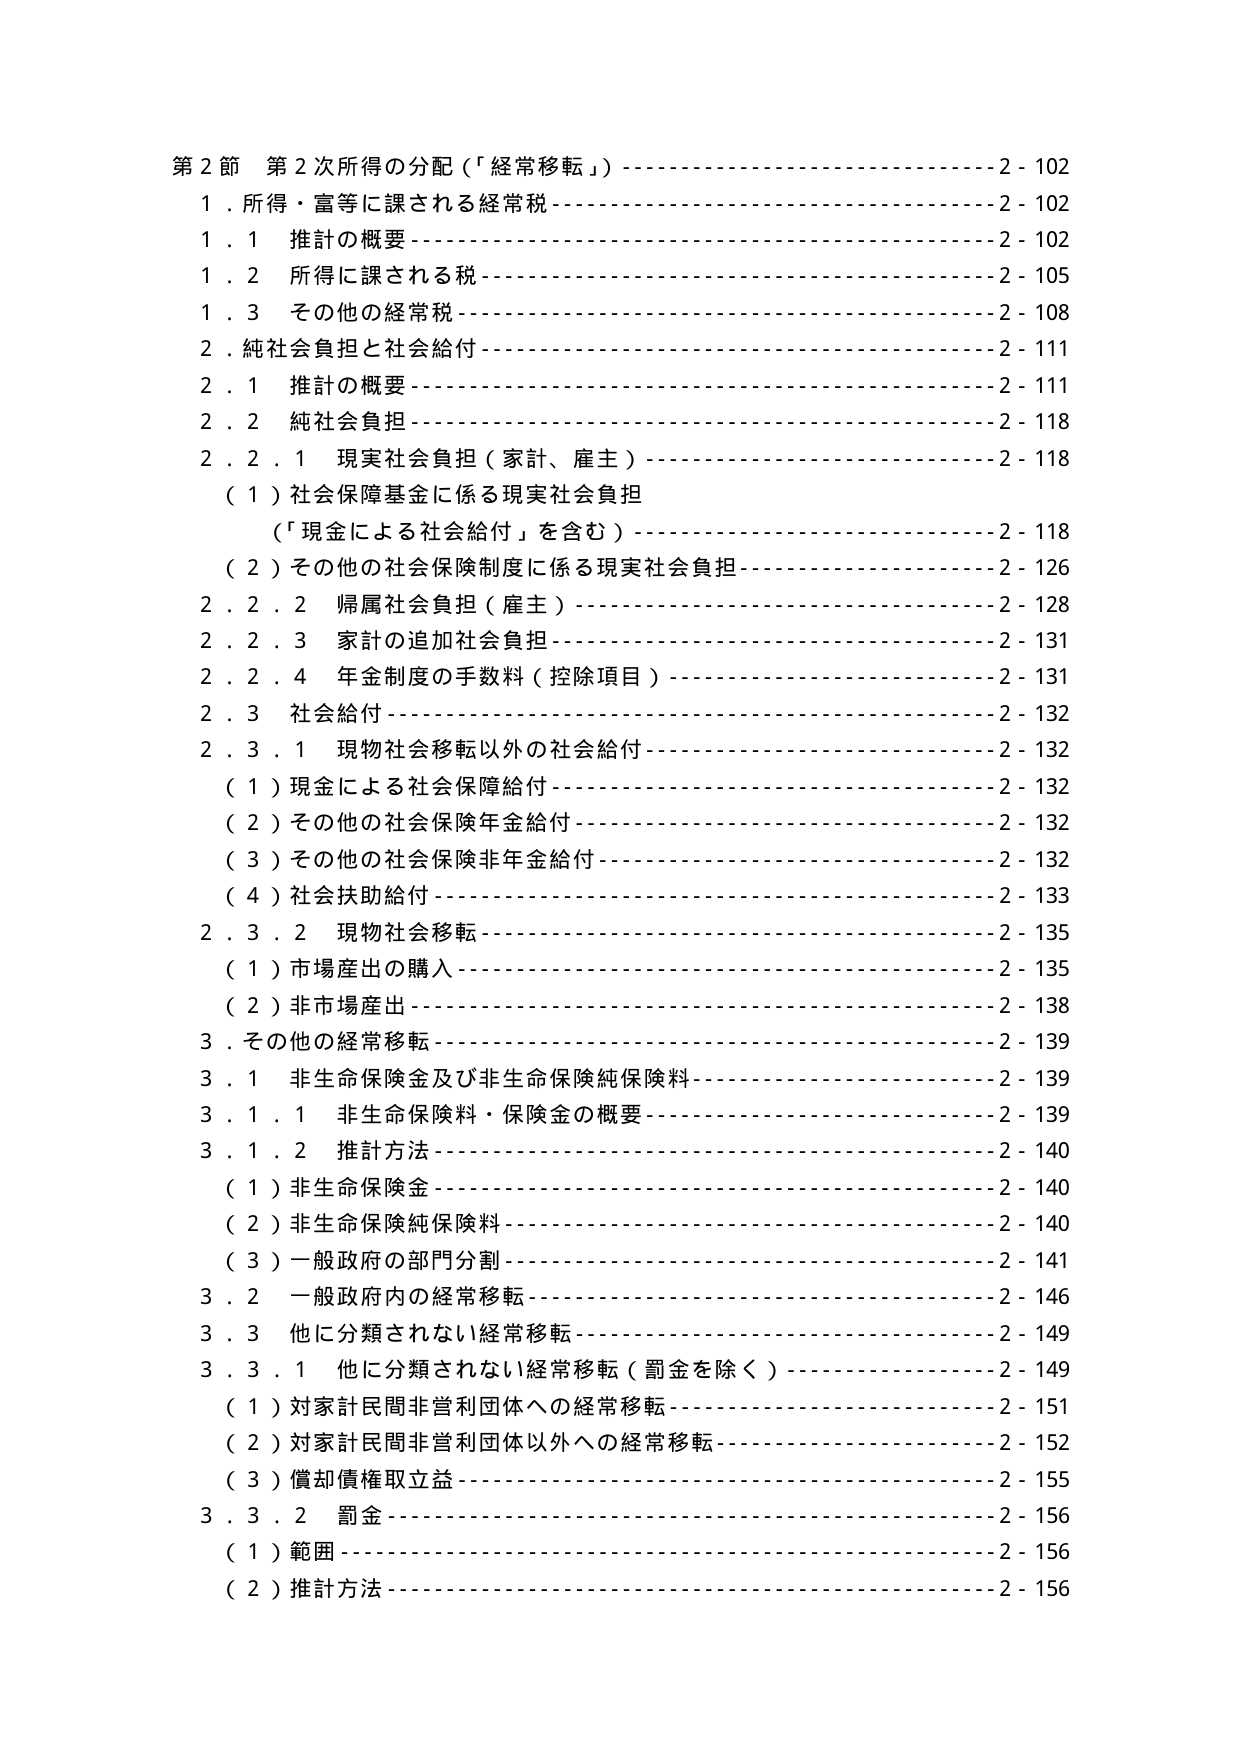
第２節 第２次所得の分配（「経常移転」）-----------------------------2-102
１．所得・富等に課される経常税------------------------------------2-102
　１．１ 推計の概要-----------------------------------------------2-102
　１．２ 所得に課される税------------------------------------------2-105
　１．３ その他の経常税--------------------------------------------2-108
２．純社会負担と社会給付------------------------------------------2-111
　２．１ 推計の概要-----------------------------------------------2-111
　２．２ 純社会負担-----------------------------------------------2-118
　　２．２．１ 現実社会負担（家計、雇主）--------------------------2-118
　　　（１）社会保障基金に係る現実社会負担
　　　　（「現金による社会給付」を含む）--------------------------2-118
　　　（２）その他の社会保険制度に係る現実社会負担----------------2-126
　　２．２．２ 帰属社会負担（雇主）------------------------------2-128
　　２．２．３ 家計の追加社会負担----------------------------------2-131
　　２．２．４ 年金制度の手数料（控除項目）------------------------2-131
　２．３ 社会給付-----------------------------------------------2-132
　　２．３．１ 現物社会移転以外の社会給付--------------------------2-132
　　　（１）現金による社会保障給付------------------------------2-132
　　　（２）その他の社会保険年金給付----------------------------2-132
　　　（３）その他の社会保険非年金給付--------------------------2-132
　　　（４）社会扶助給付----------------------------------------2-133
　　２．３．２ 現物社会移転--------------------------------------2-135
　　　（１）市場産出の購入--------------------------------------2-135
　　　（２）非市場産出------------------------------------------2-138
３．その他の経常移転--------------------------------------------2-139
　３．１ 非生命保険金及び非生命保険純保険料----------------------2-139
　　３．１．１ 非生命保険料・保険金の概要------------------------2-139
　　３．１．２ 推計方法------------------------------------------2-140
　　　（１）非生命保険金----------------------------------------2-140
　　　（２）非生命保険純保険料----------------------------------2-140
　　　（３）一般政府の部門分割----------------------------------2-141
　３．２ 一般政府内の経常移転------------------------------------2-146
　３．３ 他に分類されない経常移転--------------------------------2-149
　　３．３．１ 他に分類されない経常移転（罰金を除く）------------2-149
　　　（１）対家計民間非営利団体への経常移転----------------------2-151
　　　（２）対家計民間非営利団体以外への経常移転------------------2-152
　　　（３）償却債権取立益--------------------------------------2-155
　　３．３．２ 罰金----------------------------------------------2-156
　　　（１）範囲-----------------------------------------------2-156
　　　（２）推計方法--------------------------------------------2-156